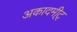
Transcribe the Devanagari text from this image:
अकादमी्ट्